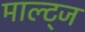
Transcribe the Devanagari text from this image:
माल्ट्ज